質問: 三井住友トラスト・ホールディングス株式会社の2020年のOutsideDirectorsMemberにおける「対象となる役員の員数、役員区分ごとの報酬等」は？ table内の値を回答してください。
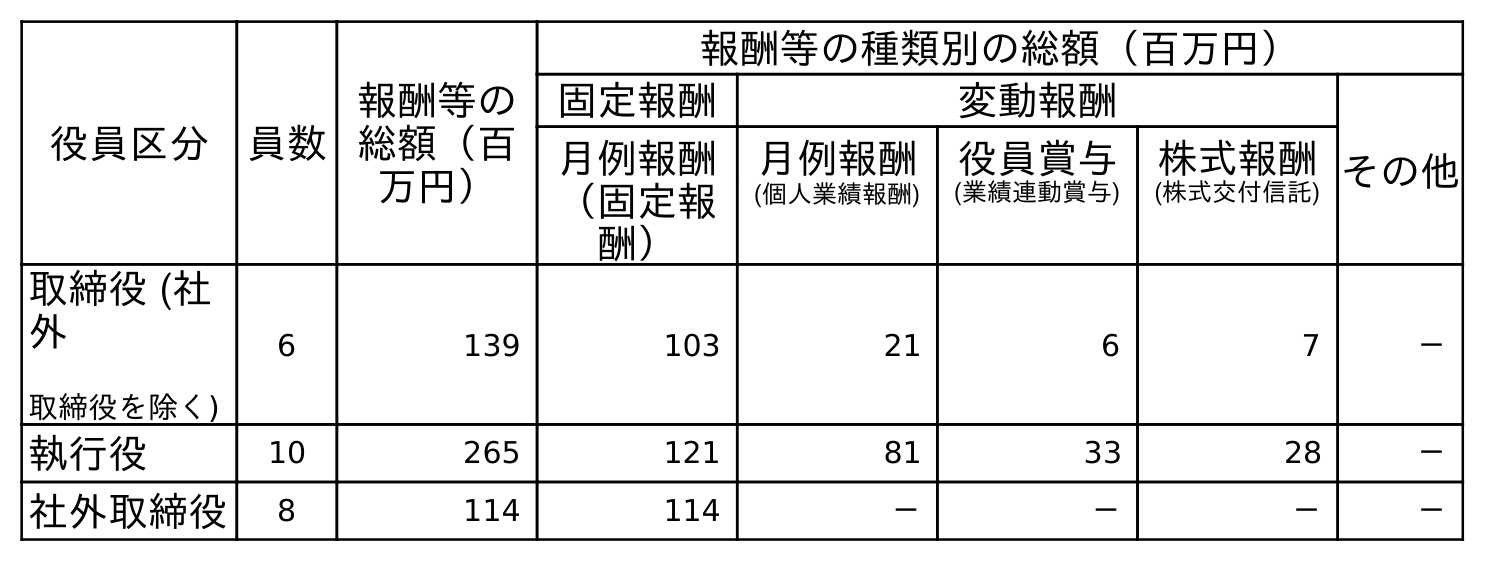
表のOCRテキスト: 役員区分 員数 報酬等の 総額（百 万円） 報酬等の種類別の総額（百万円） 固定報酬 変動報酬 その他 月例報酬 月例報酬 役員賞与 株式報酬 （固定報 酬） (個人業績報酬) (業績連動賞与) (株式交付信託) 取締役 (社 外 取締役を除く) 6 139 103 21 6 7 － 執行役 10 265 121 81 33 28 － 社外取締役 8 114 114 － － － －
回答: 8